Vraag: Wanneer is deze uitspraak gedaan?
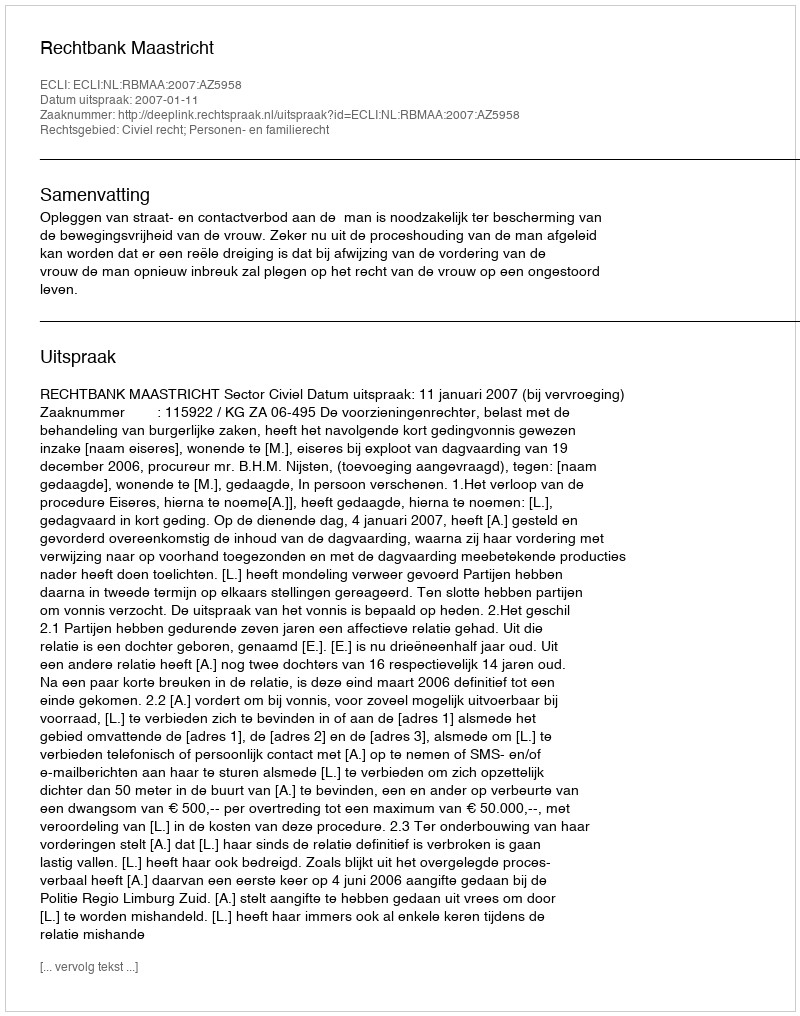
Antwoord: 2007-01-11